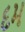
દમ